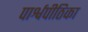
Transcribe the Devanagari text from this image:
पार्श्वपीठिका